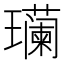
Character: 𮴹